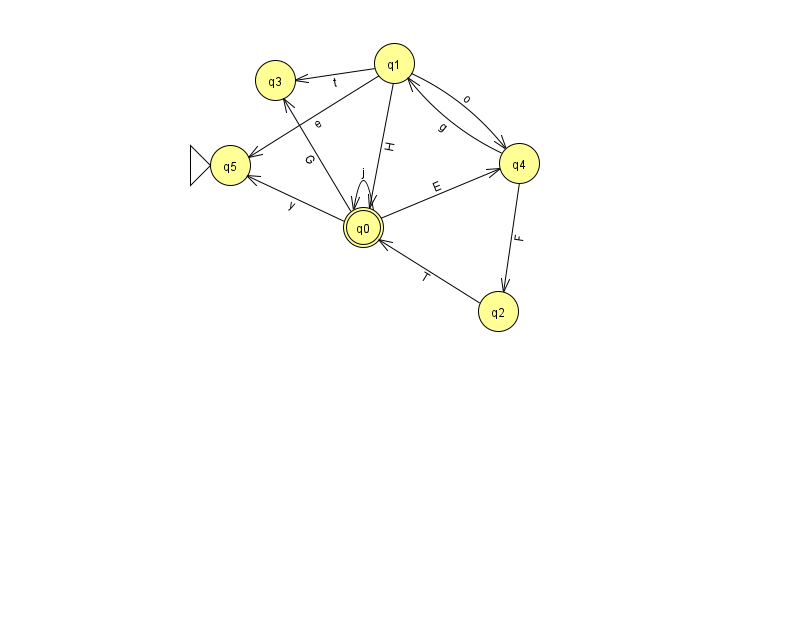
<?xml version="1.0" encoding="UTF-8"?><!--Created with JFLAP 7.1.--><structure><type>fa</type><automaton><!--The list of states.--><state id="0" name="q0"><x>363.0</x><y>214.0</y><final/></state><state id="1" name="q1"><x>394.0</x><y>50.0</y></state><state id="2" name="q2"><x>498.0</x><y>298.0</y></state><state id="3" name="q3"><x>275.0</x><y>67.0</y></state><state id="4" name="q4"><x>519.0</x><y>150.0</y></state><state id="5" name="q5"><x>230.0</x><y>152.0</y><initial/></state><!--The list of transitions.--><transition><from>4</from><to>1</to><read>g</read></transition><transition><from>4</from><to>2</to><read>F</read></transition><transition><from>1</from><to>5</to><read>e</read></transition><transition><from>0</from><to>5</to><read>y</read></transition><transition><from>1</from><to>0</to><read>H</read></transition><transition><from>1</from><to>3</to><read>t</read></transition><transition><from>1</from><to>4</to><read>o</read></transition><transition><from>0</from><to>0</to><read>j</read></transition><transition><from>2</from><to>0</to><read>T</read></transition><transition><from>0</from><to>3</to><read>G</read></transition><transition><from>0</from><to>4</to><read>E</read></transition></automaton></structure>